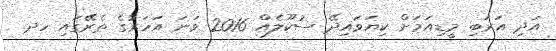
އަދި އަރަބި މީޑިއަމަށް ކިޔަވައިދޭ ސުކޫލެއް 2016 ވަނަ އަހަރުގެ ތެރޭގައި ހދ.